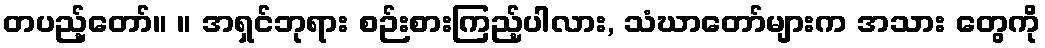
တပည့်တော်။ ။ အရှင်ဘုရား စဉ်းစားကြည့်ပါလား, သံဃာတော်များက အသား တွေကို